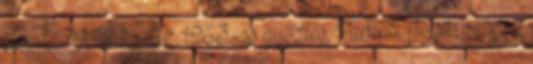
készült. 1998 – Az 1963-as győztes, Parnelli Jones vezette,